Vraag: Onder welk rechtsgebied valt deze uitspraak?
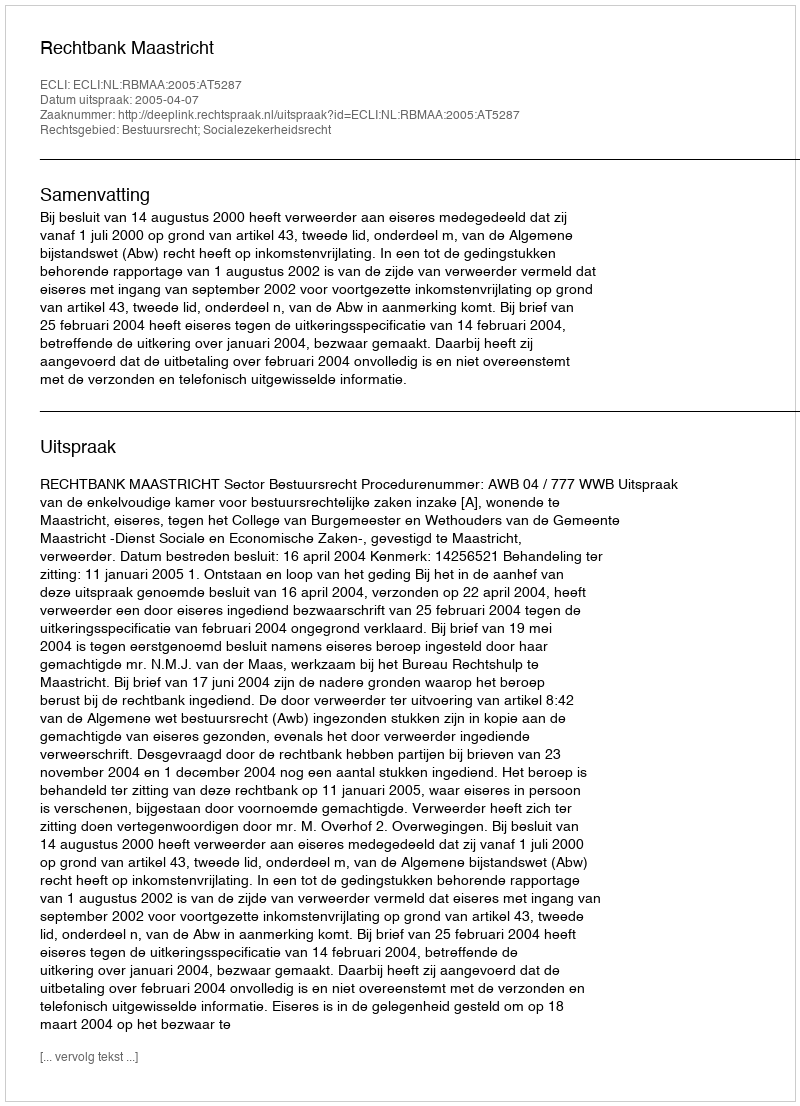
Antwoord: Bestuursrecht; Socialezekerheidsrecht